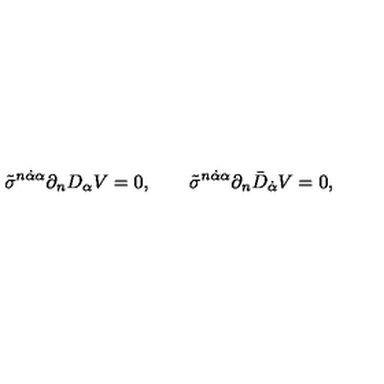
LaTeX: \tilde { \sigma } ^ { n \dot { \alpha } \alpha } \partial _ { n } D _ { \alpha } V = 0 , \qquad \tilde { \sigma } ^ { n \dot { \alpha } \alpha } \partial _ { n } \bar { D } _ { \dot { \alpha } } V = 0 ,